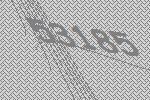
53185